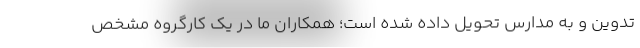
تدوین و به مدارس تحویل داده شده است؛ همکاران ما در یک کارگروه مشخص